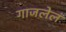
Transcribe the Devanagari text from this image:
गाजलेलं